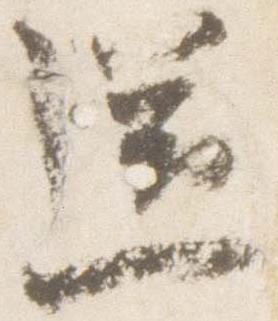
送